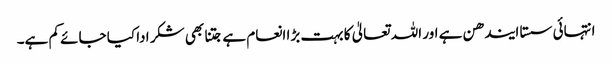
انتہائی سستا ایندھن ہے اور اللہ تعالیٰ کا بہت بڑا انعام ہے جتنا بھی شکر ادا کیا جائے کم ہے۔